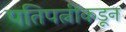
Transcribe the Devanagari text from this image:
पतिपत्नींकडून